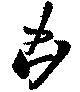
凶